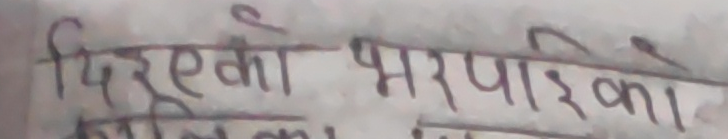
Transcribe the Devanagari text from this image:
दिएको भरपाईका